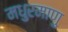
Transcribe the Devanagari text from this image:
मधुरमाणु